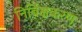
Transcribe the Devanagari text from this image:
निर्बिक्षकरण